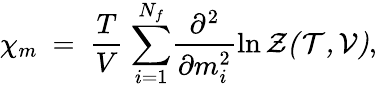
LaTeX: {{\chi}_{m}}~=~{\frac{T}{V}}~{\sum_{i=1}^{N_{f}}}{\frac{\partial^{2}}{\partial m_{i}^{2}}}{\ln{\cal{Z}(T,V)}},